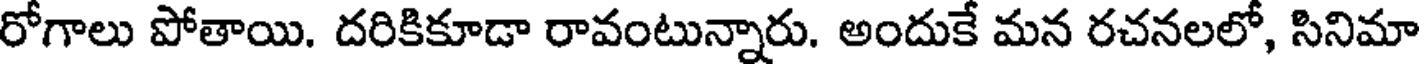
రోగాలు పోతాయి. దరికికూడా రావంటున్నారు. అందుకే మన రచనలలో, సినిమా